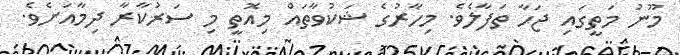
މޫނު މަތީގައި ޖަހާ ތަފާލެވެ. މިހާރުގެ ޝަކުވާތައް މިއޮތީ މި ސަރުކާރާ ދިމާއަށެވެ.